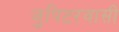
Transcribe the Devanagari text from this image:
जुपिटरवासी